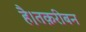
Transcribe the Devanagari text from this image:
है।तक़रीबन